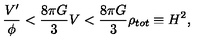
\frac { V ^ { \prime } } { \phi } < \frac { 8 \pi G } { 3 } V < \frac { 8 \pi G } { 3 } \rho _ { t o t } \equiv H ^ { 2 } ,